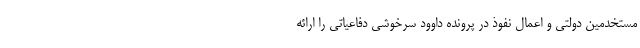
مستخدمین دولتی و اعمال نفوذ در پرونده داوود سرخوشی دفاعیاتی را ارائه